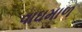
વાઘમાળ